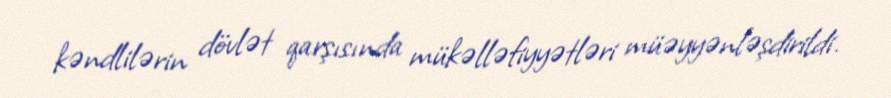
kəndlilərin dövlət qarşısında mükəlləfiyyətləri müəyyənləşdirildi.